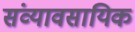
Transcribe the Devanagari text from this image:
संव्यावसायिक